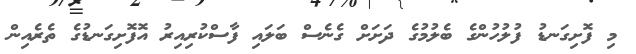
މި ފޮށިގަނޑު ފުލުހުންގެ ބެލުމުގެ ދަށަށް ގެނެސް ބަލައި ފާސްކުރިއިރު އޮފޮށިގަނޑުގެ ތެރެއިން